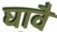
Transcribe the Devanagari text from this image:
घावै